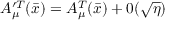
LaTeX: A _ { \mu } ^ { \prime T } ( \bar { x } ) = A _ { \mu } ^ { T } ( \bar { x } ) + 0 ( \sqrt { \eta } )